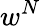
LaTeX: w^{N}